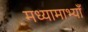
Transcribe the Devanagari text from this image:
मध्यामाभ्याँ